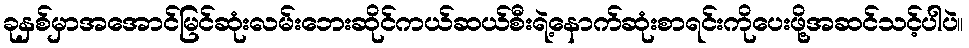
ခုနှစ်မှာအအောင်မြင်ဆုံးလမ်းဘေးဆိုင်ကယ်ဆယ်စီးရဲ့နောက်ဆုံးစာရင်းကိုပေးဖို့အဆင်သင့်ပါပဲ။